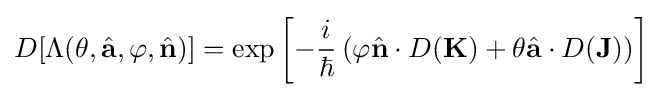
D[\Lambda (\theta ,{\hat {\mathbf {a} }},\varphi ,{\hat {\mathbf {n} }})]=\exp \left[-{\frac {i}{\hbar }}\left(\varphi {\hat {\mathbf {n} }}\cdot D(\mathbf {K} )+\theta {\hat {\mathbf {a} }}\cdot D(\mathbf {J} )\right)\right]